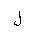
Letter: _lam